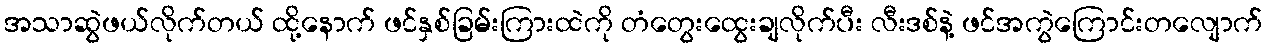
အသာဆွဲဖယ်လိုက်တယ် ထို့နောက် ဖင်နှစ်ခြမ်းကြားထဲကို တံတွေးထွေးချလိုက်ပီး လီးဒစ်နဲ့ ဖင်အကွဲကြောင်းတလျောက်